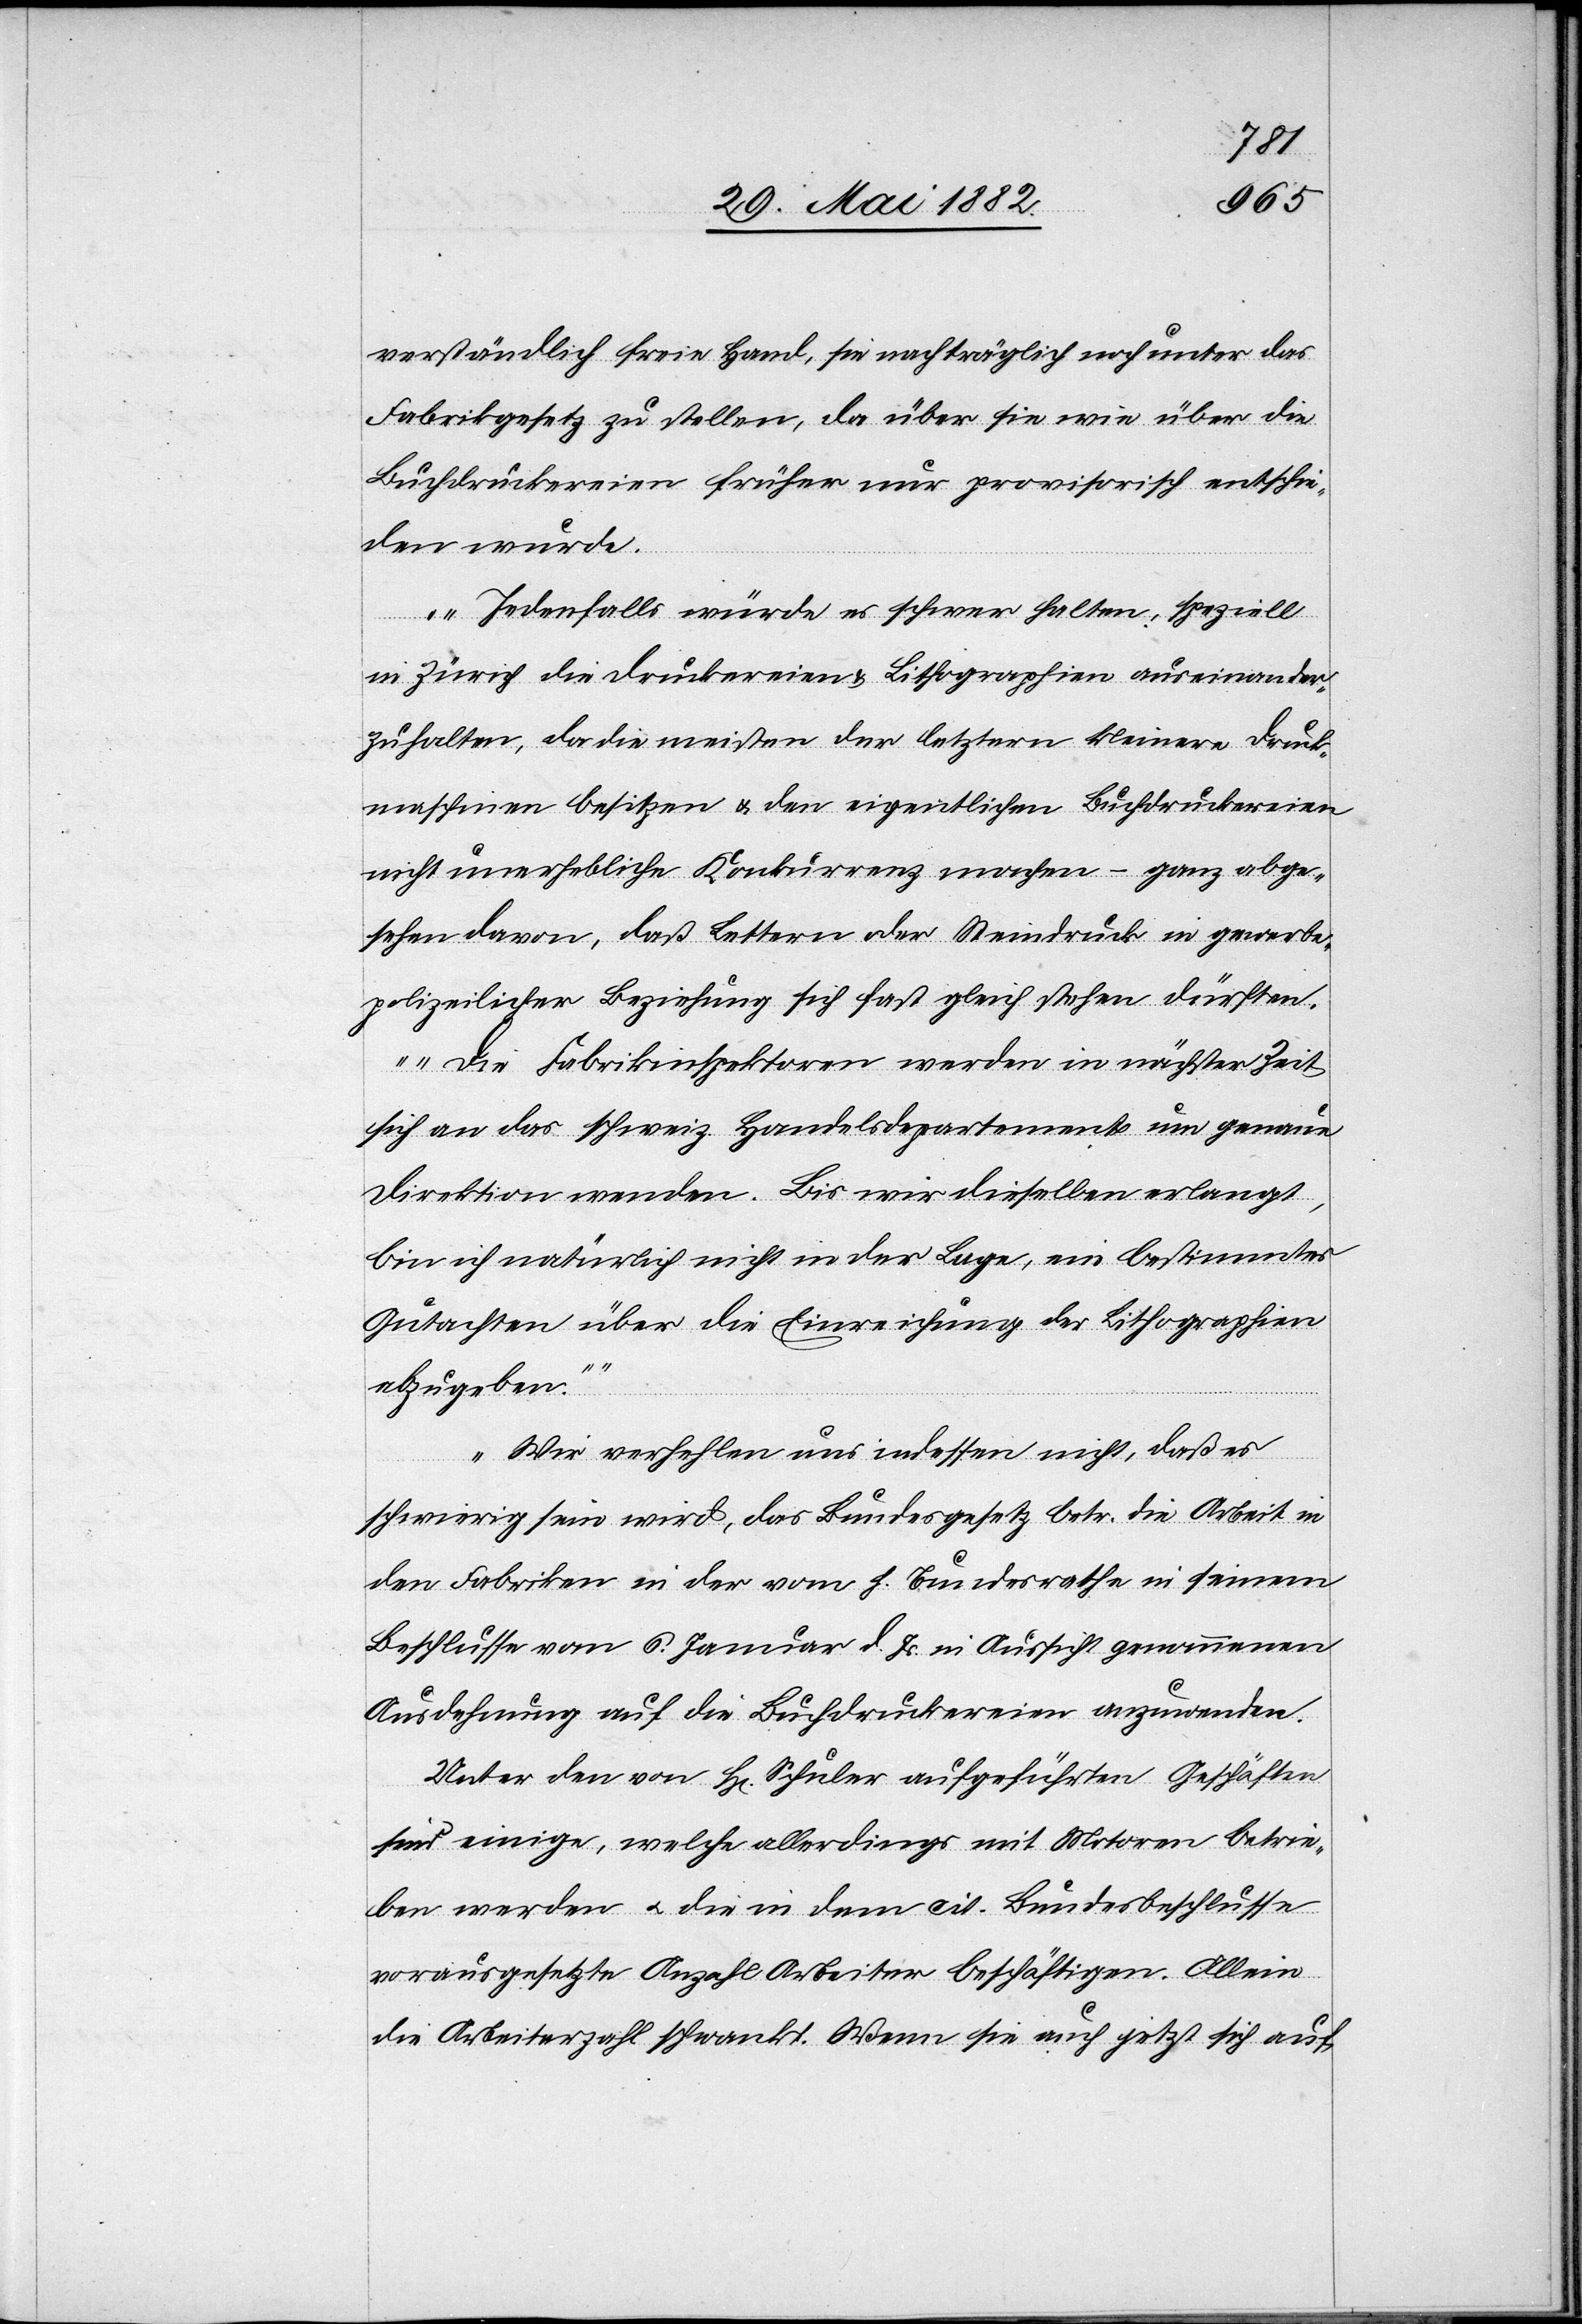
verständlich freie Hand, sie nachträglich noch unter das
Fabrikgesetz zu stellen, da über sie wie über die
Buchdruckereien früher nur provisorisch entschie¬
den wurde.
Jedenfalls würde es schwer fallen, speziell
in Zürich die Druckereien & Lithographien auseinander
zu halten, da die meisten der letztern kleinere Druck¬
maschinen besitzen & den eigentlichen Buchdruckereien
nicht unerhebliche Konkurrenz machen – ganz abge¬
sehen davon, daß Lettern oder Steindruck in gewerbe¬
polizeilicher Beziehung sich fast gleich stehen dürften.
Die Fabrikinspektoren werden in nächster Zeit
sich an das schweiz. Handelsdepartement um genaue
Direktion wenden. Bis wir dieselbe erlangt,
bin ich natürlich nicht in der Lage, ein bestimmtes
Gutachten über die Einreichung der Lithographien
abzugeben.“
Wir verhehlen uns indessen nicht, daß es
schwierig sein wird, das Bundesgesetz betr. die Arbeit in
den Fabriken in der vom h. Bundesrathe in seinem
Beschlusse vom 6. Januar d. Js. in Aussicht genommenen
Ausdehnung auf die Buchdruckereien anzuwenden.
Unter den von H[rn]. Schuler aufgeführten Geschäften
sind einige, welche allerdings mit Motoren betrie¬
ben werden u. die in dem cit. Bundesbeschlusse
vorausgesetzte Anzahl Arbeiter beschäftigen. Allein
die Arbeiterzahl schwankt. Wenn sie auch jetzt sich auf